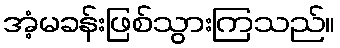
အံ့မခန်းဖြစ်သွားကြသည်။